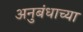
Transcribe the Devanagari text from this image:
अनुबंधाच्या